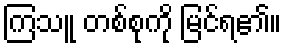
ကြသူ တစ်စုကို မြင်ရ၏။